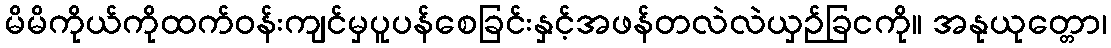
မိမိကိုယ်ကိုထက်ဝန်းကျင်မှပူပန်စေခြင်းနှင့်အဖန်တလဲလဲယှဉ်ခြငကို။ အနုယုတ္တော၊